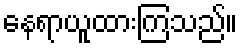
နေရာယူထားကြသည်။